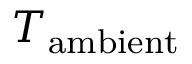
T _ { \mathrm { a m b i e n t } }